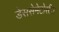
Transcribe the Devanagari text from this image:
डेससेमेटोसील